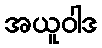
အယူဝါဒ